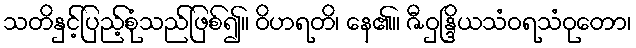
သတိနှင့်ပြည့်စုံသည်ဖြစ်၍။ ဝိဟရတိ၊ နေ၏။ ဇီဝှန္ဒြိယသံဝရသံဝုတော၊